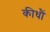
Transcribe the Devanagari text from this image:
कीधौं